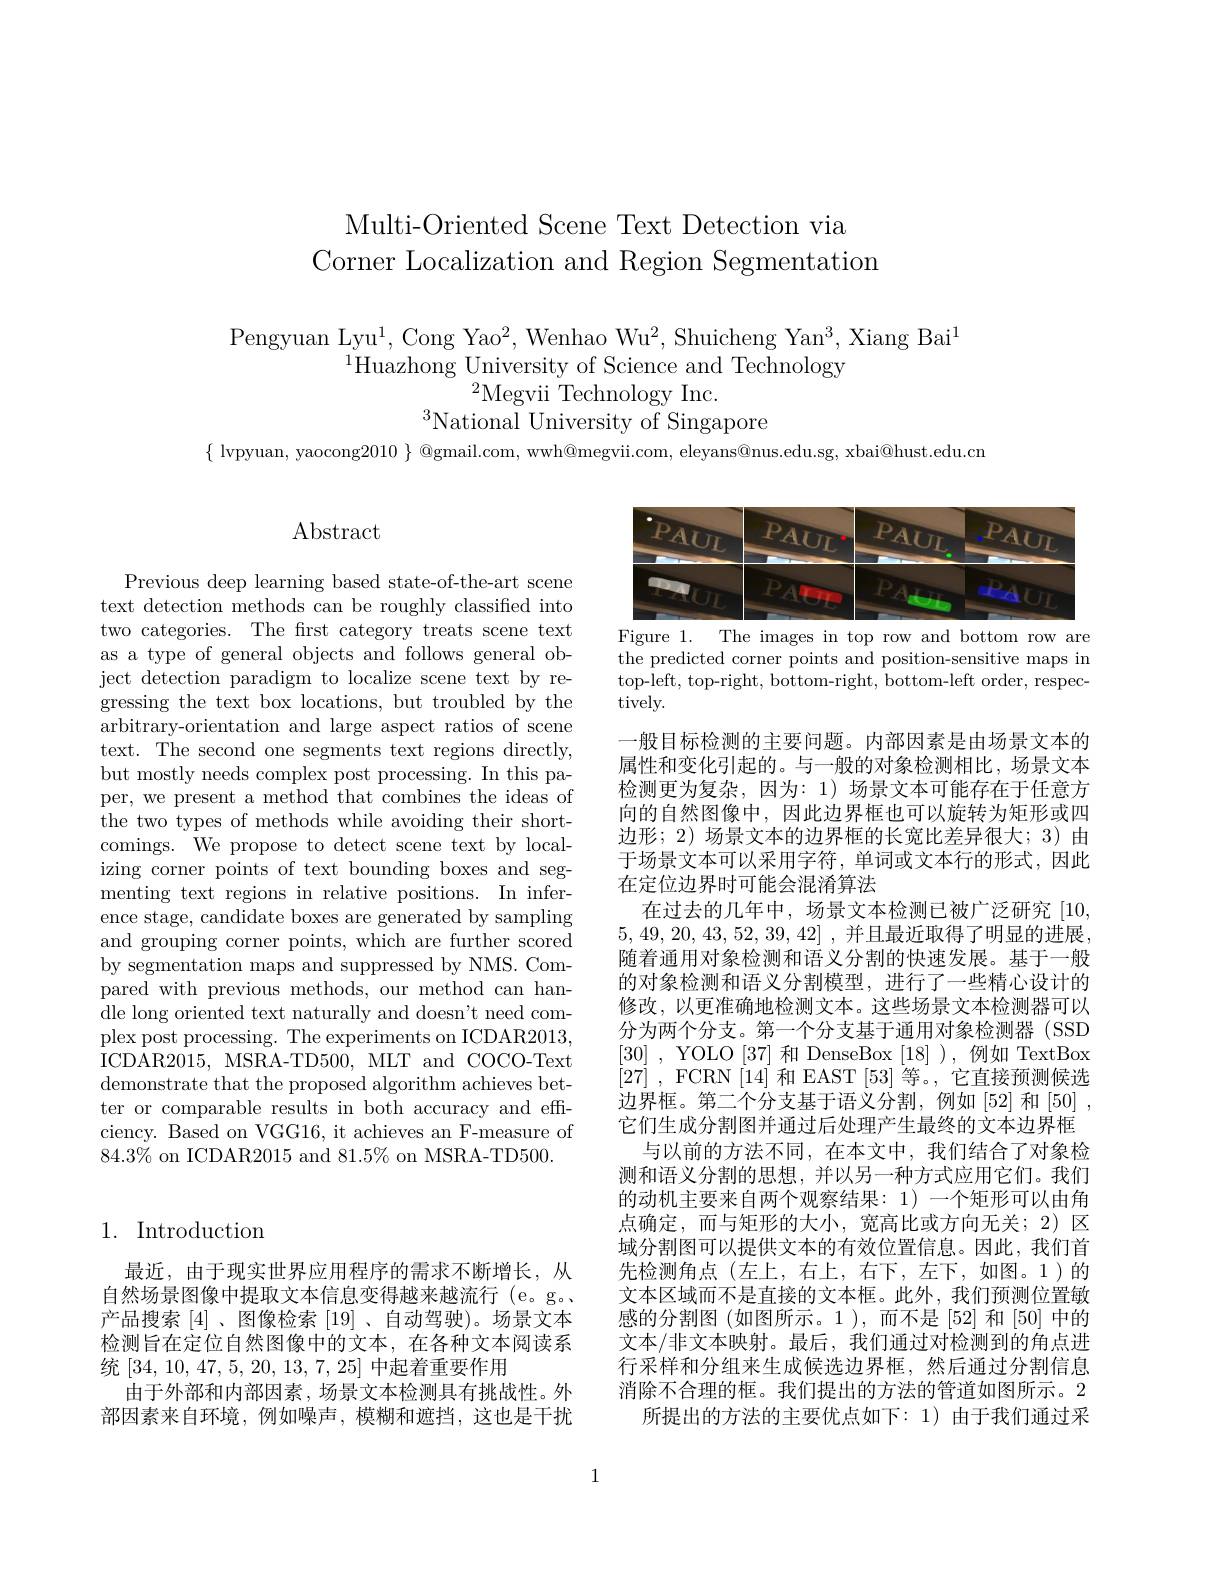
# Multi-Oriented Scene Text Detection via Corner Localization and Region Segmentation

Pengyuan Lyu$^1$,Cong Yao$^2$,Wenhao Wu$^2$,Shuicheng Yan$^3$,Xiang Bai$^1$
$^{1}$Huazhong University of Science and Technology
$^{2}$Megvii Technology Inc.
$^{3}$National University of Singapore

$\{\begin{array}{cc}\text{lvpyuan, yaocong2010 }\end{array}\}\begin{array}{c}\text{@gmail.com, wwh@megvii.com, eleyans@nus.edu.sg, xbai@hust.edu.cm}\end{array}$

# $\operatorname{Abstract}$

<FigureHere>
Figure 1. The images in top row and bottom row are

the predicted corner points and position-sensitive maps in top-left, top-right, bottom-right, bottom-left order, respectively.

Previous deep learning based state-of-the-art scene text detection methods can be roughly classified into two categories. The frst category treats scene text as a type of general objects and follows general object detection paradigm to localize scene text by regressing the text box locations, but troubled by the arbitrary-orientation and large aspect ratios of scene text. The second one segments text regions directly, but mostly needs complex post processing. In this paper, we present a method that combines the ideas of the two types of methods while avoiding their shortcomings. We propose to detect scene text by localizing corner points of text bounding boxes and segmenting text regions in relative positions. In inference stage, candidate boxes are generated by sampling and grouping corner points, which are further scored by segmentation maps and suppressed by NMS. Compared with previous methods, our method can handle long oriented text naturally and doesn't need complex post processing. The experiments on ICDAR2013, ICDAR2015, MSRA-TD500, MLT and COCO-Text demonstrate that the proposed algorithm achieves better or comparable results in both accuracy and efficiency. Based on VGG16, it achieves an F-measure of $84.3\%$ on ICDAR2015 and 81.5% on MSRA-TD500

一般目标检测的主要问题。内部因素是由场景文本的属性和变化引起的。与一般的对象检测相比，场景文本检测更为复杂，因为：1)场景文本可能存在于任意方向的自然图像中，因此边界框也可以旋转为矩形或四边形；2) 场景文本的边界框的长宽比差异很大；3) 由于场景文本可以采用字符，单词或文本行的形式，因此在定位边界时可能会混淆算法
在过去的几年中，场景文本检测已被广泛研究[10,1] 5,49,20,43,52,39,42],并且最近取得了明显的进展随着通用对象检测和语义分割的快速发展。基于一般的对象检测和语义分割模型，进行了一些精心设计的修改，以更准确地检测文本。这些场景文本检测器可以分为两个分支。第一个分支基于通用对象检测器(SSD $[30]~,~$YOLO$[37]~$和 DenseBox$[18]~),~$例如 TextBox [27] , FCRN [ 14] 和 EAST [53]等。,它直接预测候选边界框。第二个分支基于语义分割，例如[52]和[50], 它们生成分割图并通过后处理产生最终的文本边界框
与以前的方法不同，在本文中，我们结合了对象检测和语义分割的思想，并以另一种方式应用它们。我们的动机主要来自两个观察结果：1)一个矩形可以由角点确定，而与矩形的大小，宽高比或方向无关；2)区域分割图可以提供文本的有效位置信息。因此，我们首先检测角点(左上，右上，右下，左下，如图。1)的文本区域而不是直接的文本框。此外，我们预测位置敏感的分割图 (如图所示。1),而不是 [52] 和 [50] 中的文本/非文本映射。最后，我们通过对检测到的角点进行采样和分组来生成候选边界框，然后通过分割信息消除不合理的框。我们提出的方法的管道如图所示。2
所提出的方法的主要优点如下：1)由于我们通过采

## 1. Introduction

最近，由于现实世界应用程序的需求不断增长，从自然场景图像中提取文本信息变得越来越流行(e。g。产品搜索[4] 、图像检索[19] 、自动驾驶)。场景文本检测旨在定位自然图像中的文本，在各种文本阅读系统[34,10,47,5,20,13,7,25]中起着重要作用
由于外部和内部因素，场景文本检测具有挑战性。外部因素来自环境，例如噪声，模糊和遮挡，这也是干扰

1